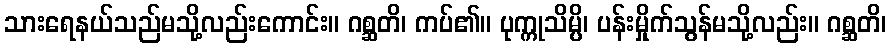
သားရေနယ်သည်မသို့လည်းကောင်း။ ဂစ္ဆတိ၊ ကပ်၏။ ပုက္ကုသိမ္ပိ၊ ပန်းမှိုက်သွန်မသို့လည်း။ ဂစ္ဆတိ၊